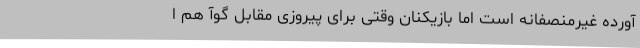
آورده غیرمنصفانه است اما بازیکنان وقتی برای پیروزی مقابل گوآ هم ا